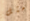
مثل